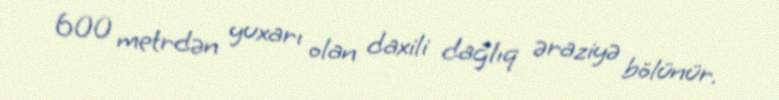
600 metrdən yuxarı olan daxili dağlıq əraziyə bölünür.